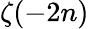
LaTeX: \zeta(-2n)